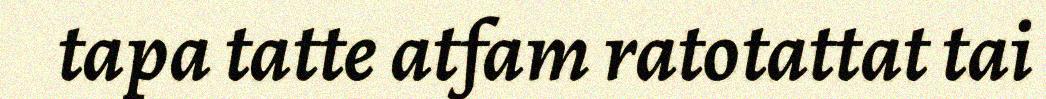
tapa tatte atfam ratotattat tai